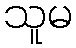
သူမ